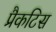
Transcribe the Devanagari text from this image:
प्रैकटिस